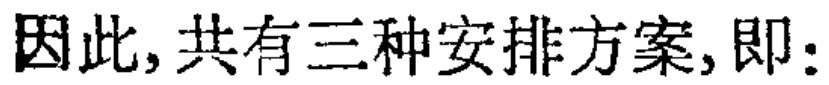
因此,共有三种安排方案,即: